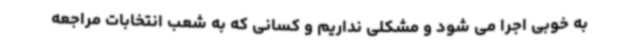
به خوبی اجرا می شود و مشکلی نداریم و کسانی که به شعب انتخابات مراجعه